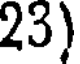
23)